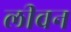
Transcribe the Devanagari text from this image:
लीवन